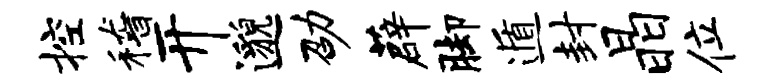
控稽开邈劭薜脚遁封晶位